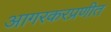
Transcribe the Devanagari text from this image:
आगरकरप्रणीत